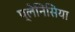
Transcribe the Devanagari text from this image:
प्लेनिसिया